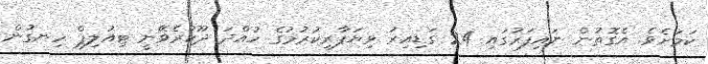
ކަމަށެވެ. އެގޮތުން ނައިފަރުގައި 24 ގަޑިއިރު ވިޔަފާރިކުރުމުގެ ހުއްދަ ދޫކުރެވޭނީ ޓިއުލިޕް ހިނގުން